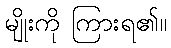
မျိုးကို ကြားရ၏။